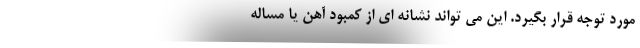
مورد توجه قرار بگیرد. این می تواند نشانه ای از کمبود آهن یا مساله